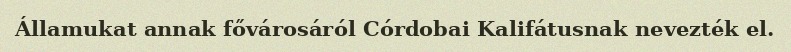
Államukat annak fővárosáról Córdobai Kalifátusnak nevezték el.